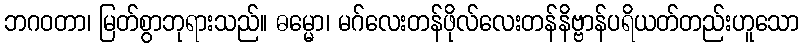
ဘဂဝတာ၊ မြတ်စွာဘုရားသည်။ ဓမ္မော၊ မဂ်လေးတန်ဖိုလ်လေးတန်နိဗ္ဗာန်ပရိယတ်တည်းဟူသော